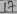
Text: 17